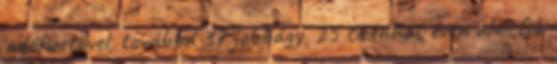
adófizetővel, továbbá 37 jobbágy, 25 tizenhat éven aluli fiú,